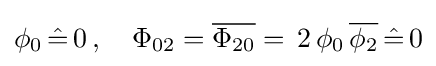
\phi _{0}\,{\hat {=}}\,0\,,\quad \Phi _{02}={\overline {\Phi _{20}}}=\,2\,\phi _{0}\,{\overline {\phi _{2}}}\,{\hat {=}}\,0